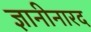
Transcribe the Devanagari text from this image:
ज्ञानीनारद